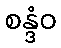
စန္ဒံဝ